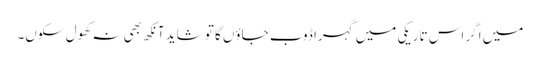
میں اگر اس تاریکی میں گہرا ڈوب جاؤں گا تو شاید آنکھ بھی نہ کھول سکوں۔